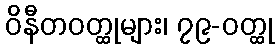
ဝိနီတဝတ္ထုများ၊ ၇၉-ဝတ္ထု